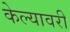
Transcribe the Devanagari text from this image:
केल्यावरी